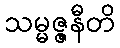
သမ္မဇ္ဇနီတိ